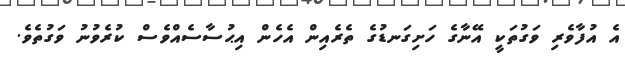
އެ އުފާވެރި ވަގުތަކީ އޭނާގެ ހަށިގަނޑުގެ ތެރެއިން އެހެން އިޙުސާސެއްވެސް ކުރެވުނު ވަގުތެވެ.